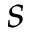
s